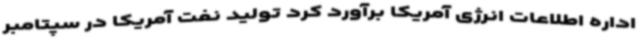
اداره اطلاعات انرژی آمریکا برآورد کرد تولید نفت آمریکا در سپتامبر